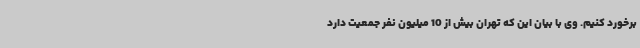
برخورد کنیم. وی با بیان این که تهران بیش از 10 میلیون نفر جمعیت دارد